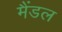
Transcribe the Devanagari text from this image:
मैंडल